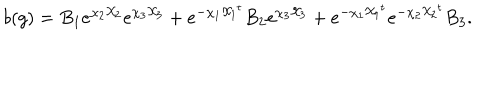
b ( g ) = B _ { 1 } e ^ { \chi _ { 2 } { \cal X } _ { 2 } } e ^ { \chi _ { 3 } { \cal X } _ { 3 } } + e ^ { - \chi _ { 1 } { { \cal X } _ { 1 } } ^ { t } } B _ { 2 } e ^ { \chi _ { 3 } { \cal X } _ { 3 } } + e ^ { - \chi _ { 1 } { { \cal X } _ { 1 } } ^ { t } } e ^ { - \chi _ { 2 } { { \cal X } _ { 2 } } ^ { t } } B _ { 3 } .